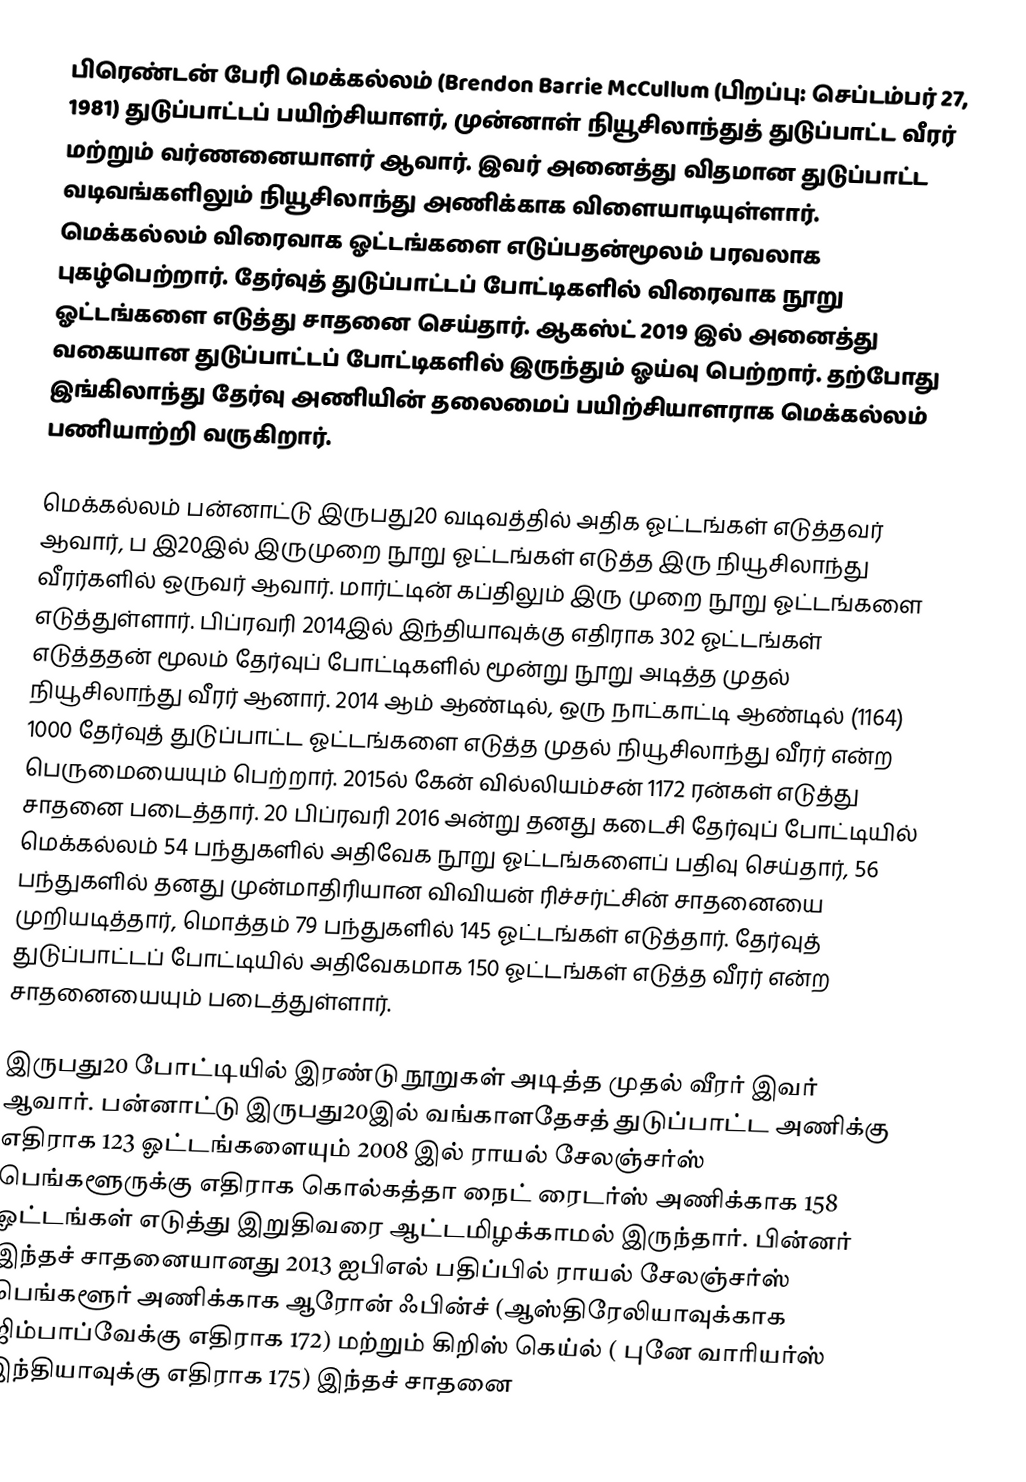
பிரெண்டன் பேரி மெக்கல்லம் (Brendon Barrie McCullum  (பிறப்பு: செப்டம்பர் 27, 1981) துடுப்பாட்டப் பயிற்சியாளர்,  முன்னாள் நியூசிலாந்துத் துடுப்பாட்ட வீரர் மற்றும் வர்ணனையாளர் ஆவார். இவர் அனைத்து விதமான துடுப்பாட்ட வடிவங்களிலும் நியூசிலாந்து அணிக்காக விளையாடியுள்ளார். மெக்கல்லம் விரைவாக ஓட்டங்களை எடுப்பதன்மூலம் பரவலாக புகழ்பெற்றார். தேர்வுத் துடுப்பாட்டப் போட்டிகளில் விரைவாக நூறு ஓட்டங்களை எடுத்து சாதனை செய்தார். ஆகஸ்ட் 2019 இல் அனைத்து வகையான துடுப்பாட்டப் போட்டிகளில் இருந்தும் ஓய்வு பெற்றார். தற்போது இங்கிலாந்து தேர்வு அணியின் தலைமைப் பயிற்சியாளராக மெக்கல்லம் பணியாற்றி வருகிறார்.

மெக்கல்லம் பன்னாட்டு இருபது20 வடிவத்தில் அதிக ஓட்டங்கள் எடுத்தவர் ஆவார், ப இ20இல் இருமுறை நூறு ஓட்டங்கள் எடுத்த இரு நியூசிலாந்து வீரர்களில் ஒருவர் ஆவார். மார்ட்டின் கப்திலும் இரு முறை நூறு ஓட்டங்களை எடுத்துள்ளார். பிப்ரவரி 2014இல் இந்தியாவுக்கு எதிராக 302 ஓட்டங்கள் எடுத்ததன் மூலம் தேர்வுப் போட்டிகளில் மூன்று நூறு அடித்த முதல் நியூசிலாந்து வீரர் ஆனார். 2014 ஆம் ஆண்டில், ஒரு நாட்காட்டி ஆண்டில் (1164) 1000 தேர்வுத் துடுப்பாட்ட ஓட்டங்களை எடுத்த முதல் நியூசிலாந்து வீரர் என்ற பெருமையையும் பெற்றார். 2015ல் கேன் வில்லியம்சன் 1172 ரன்கள் எடுத்து சாதனை படைத்தார். 20 பிப்ரவரி 2016 அன்று தனது கடைசி தேர்வுப் போட்டியில் மெக்கல்லம் 54 பந்துகளில் அதிவேக நூறு ஓட்டங்களைப் பதிவு செய்தார், 56 பந்துகளில் தனது முன்மாதிரியான விவியன் ரிச்சர்ட்சின் சாதனையை முறியடித்தார், மொத்தம் 79 பந்துகளில் 145 ஓட்டங்கள் எடுத்தார். தேர்வுத் துடுப்பாட்டப் போட்டியில் அதிவேகமாக 150 ஓட்டங்கள் எடுத்த வீரர் என்ற சாதனையையும் படைத்துள்ளார்.

இருபது20 போட்டியில் இரண்டு நூறுகள் அடித்த முதல் வீரர் இவர் ஆவார். பன்னாட்டு இருபது20இல் வங்காளதேசத் துடுப்பாட்ட அணிக்கு எதிராக 123 ஓட்டங்களையும் 2008 இல் ராயல் சேலஞ்சர்ஸ் பெங்களூருக்கு எதிராக கொல்கத்தா நைட் ரைடர்ஸ் அணிக்காக 158 ஓட்டங்கள் எடுத்து இறுதிவரை ஆட்டமிழக்காமல் இருந்தார். பின்னர் இந்தச் சாதனையானது 2013 ஐபிஎல் பதிப்பில் ராயல் சேலஞ்சர்ஸ் பெங்களூர் அணிக்காக ஆரோன் ஃபின்ச் (ஆஸ்திரேலியாவுக்காக ஜிம்பாப்வேக்கு எதிராக 172) மற்றும் கிறிஸ் கெய்ல் ( புனே வாரியர்ஸ் இந்தியாவுக்கு எதிராக 175) இந்தச் சாதனை